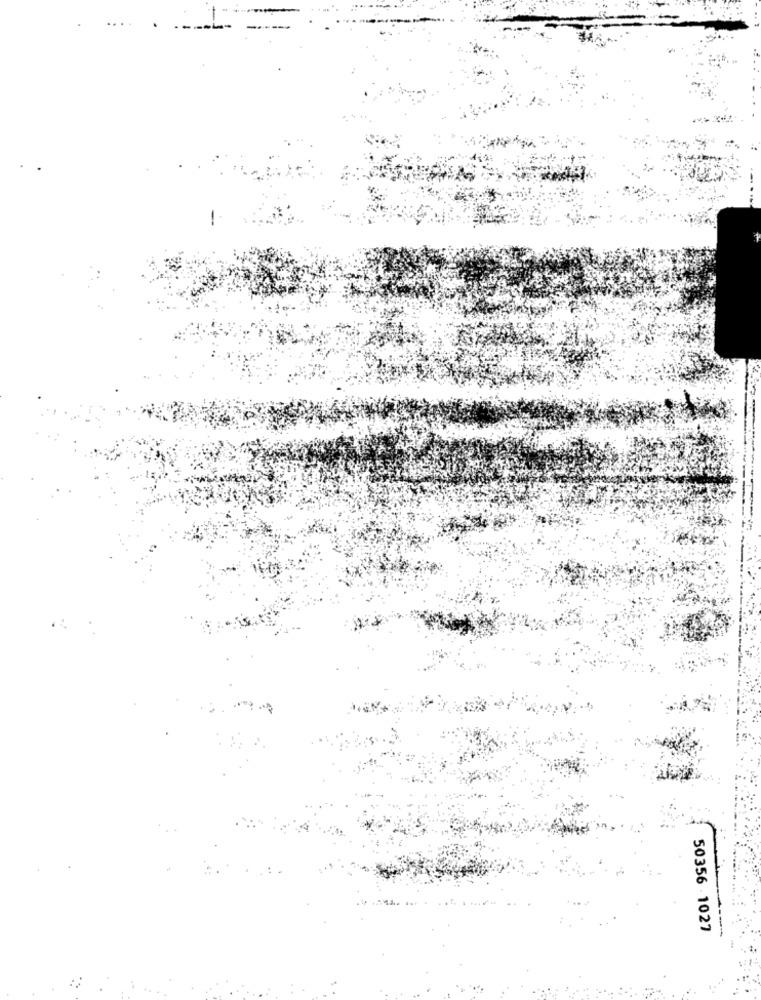
50356 - 1027
-----.